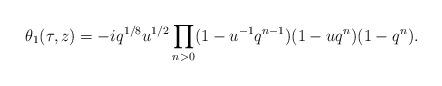
LaTeX: \begin{align*}\theta_1(\tau,z)=-i q^{1/8}u^{1/2}\prod_{n>0}(1-u^{-1}q^{n-1})(1-uq^n)(1-q^n).\end{align*}